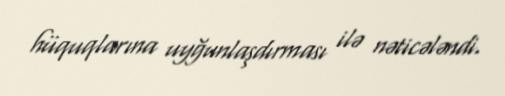
hüquqlarına uyğunlaşdırması ilə nəticələndi.